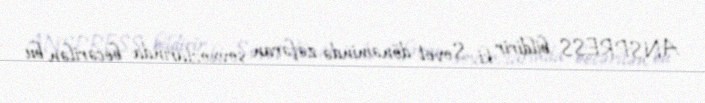
ANSPRESS bildirir ki, Sovet dönəmində zəfəran sovxozlarında becərilən bu